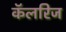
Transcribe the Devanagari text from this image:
कॅलरिज